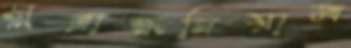
সুব্রাহ্মনিয়াম